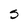
Character: S